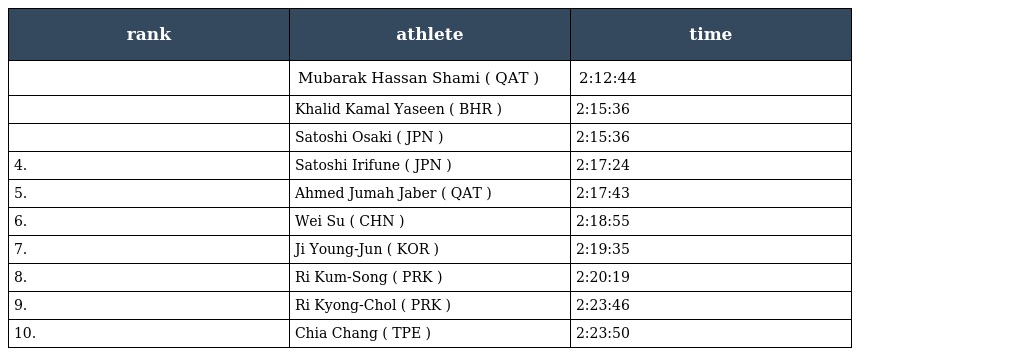
| rank | athlete | time |
 | --- | --- | --- |
 |  | Mubarak Hassan Shami ( QAT ) | 2:12:44 |
 |  | Khalid Kamal Yaseen ( BHR ) | 2:15:36 |
 |  | Satoshi Osaki ( JPN ) | 2:15:36 |
 | 4. | Satoshi Irifune ( JPN ) | 2:17:24 |
 | 5. | Ahmed Jumah Jaber ( QAT ) | 2:17:43 |
 | 6. | Wei Su ( CHN ) | 2:18:55 |
 | 7. | Ji Young-Jun ( KOR ) | 2:19:35 |
 | 8. | Ri Kum-Song ( PRK ) | 2:20:19 |
 | 9. | Ri Kyong-Chol ( PRK ) | 2:23:46 |
 | 10. | Chia Chang ( TPE ) | 2:23:50 |